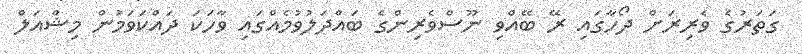
ގަތަރުގެ ވެރިރަށް ދޯހާގައި ރޭ ބޭއްވި ނޫސްވެރިންގެ ބައްދަލުވުމެއްގައި ވާހަކަ ދައްކަވަމުން މިޝްއަލް